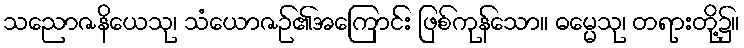
သညောဇနိယေသု၊ သံယောဇဉ်၏အကြောင်း ဖြစ်ကုန်သော။ ဓမ္မေသု၊ တရားတို့၌။